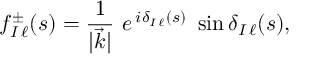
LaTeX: f _ { { I \, \ell } } ^ { \pm } ( s ) = { \frac { 1 } { \vert \vec { k } \vert } } \ e \, ^ { i \delta _ { I \, \ell } ( s ) } \ \sin \delta _ { I \, \ell } ( s ) ,